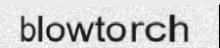
blowtorch